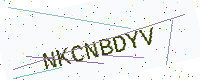
Text: NKCNBDYV